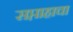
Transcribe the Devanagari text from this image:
सप्ताहाचा